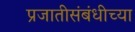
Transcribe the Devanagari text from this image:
प्रजातीसंबंधीच्या